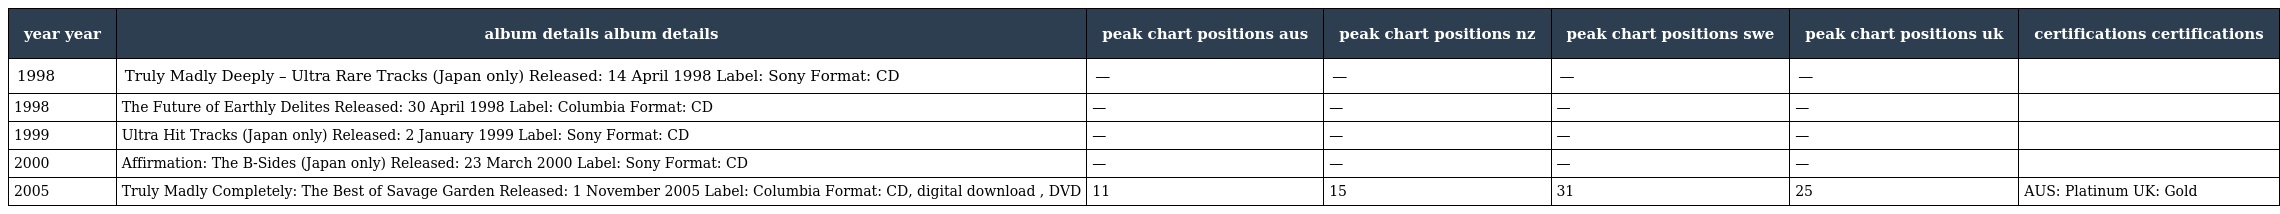
| year year | album details album details | peak chart positions aus | peak chart positions nz | peak chart positions swe | peak chart positions uk | certifications certifications |
 | --- | --- | --- | --- | --- | --- | --- |
 | 1998 | Truly Madly Deeply – Ultra Rare Tracks (Japan only) Released: 14 April 1998 Label: Sony Format: CD | — | — | — | — |  |
 | 1998 | The Future of Earthly Delites Released: 30 April 1998 Label: Columbia Format: CD | — | — | — | — |  |
 | 1999 | Ultra Hit Tracks (Japan only) Released: 2 January 1999 Label: Sony Format: CD | — | — | — | — |  |
 | 2000 | Affirmation: The B-Sides (Japan only) Released: 23 March 2000 Label: Sony Format: CD | — | — | — | — |  |
 | 2005 | Truly Madly Completely: The Best of Savage Garden Released: 1 November 2005 Label: Columbia Format: CD, digital download , DVD | 11 | 15 | 31 | 25 | AUS: Platinum UK: Gold |